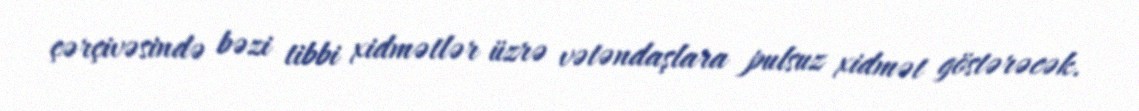
çərçivəsində bəzi tibbi xidmətlər üzrə vətəndaşlara pulsuz xidmət göstərəcək.